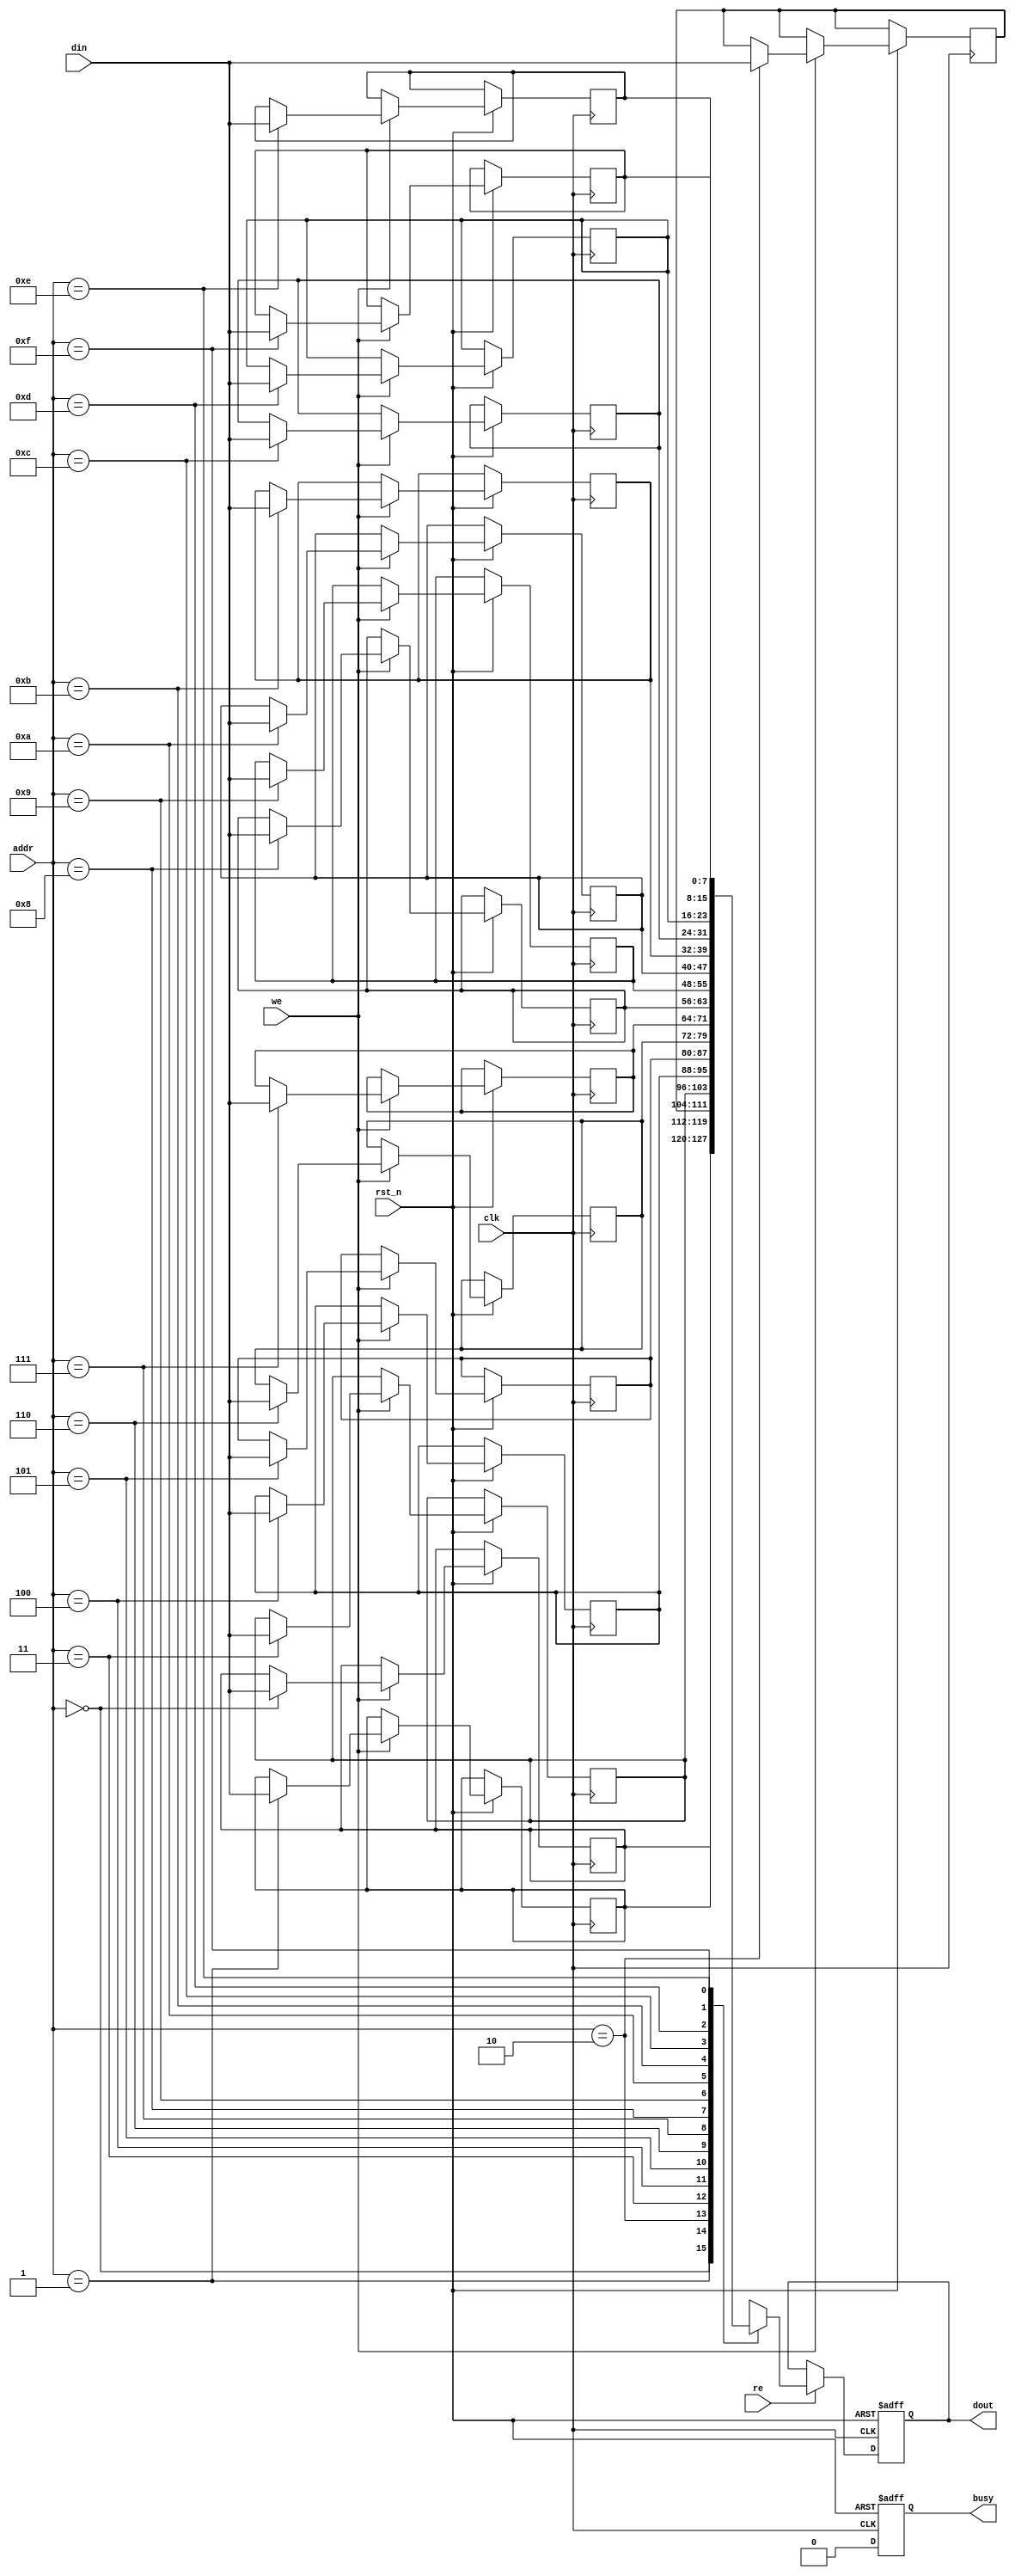
module low_power_sram #(
    parameter DATA_WIDTH = 8,        // Width of data bus
    parameter ADDR_WIDTH = 4,        // Width of address bus
    parameter MEM_SIZE = 16           // Number of memory cells
)(
    input wire clk,                   // Clock signal
    input wire rst_n,                 // Active low reset
    input wire [ADDR_WIDTH-1:0] addr, // Address input
    input wire [DATA_WIDTH-1:0] din,  // Data input
    input wire we,                    // Write enable
    input wire re,                    // Read enable
    output reg [DATA_WIDTH-1:0] dout, // Data output
    output reg busy                   // Busy signal
);

    // Memory array
    reg [DATA_WIDTH-1:0] mem [0:MEM_SIZE-1];

    // Control logic for read and write operations
    always @(posedge clk or negedge rst_n) begin
        if (!rst_n) begin
            dout <= 0;
            busy <= 0;
        end else begin
            busy <= 1; // Set busy signal while operation is in progress

            if (we) begin
                // Write operation
                mem[addr] <= din;
            end
            
            if (re) begin
                // Read operation
                dout <= mem[addr];
            end

            busy <= 0; // Clear busy signal after operation
        end
    end

    // Sleep mode logic (for simplicity, not implemented in this example)
    // This could be added as a separate state machine or additional control logic

endmodule